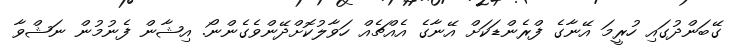
ގޭބަންދުގައި ހުރީމަ އޭނާގެ ފްރެންޑަކަށް އޭނާގެ އެއްޗެއް ހަވާލުކޮށްދޭންވެގެންނޯ. އިޝާން ފެނުމުން ނަޝްވާ